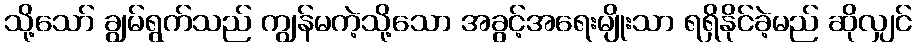
သို့သော် ချွမ်ရွက်သည် ကျွန်မကဲ့သို့သော အခွင့်အရေးမျိုးသာ ရရှိနိုင်ခဲ့မည် ဆိုလျှင်